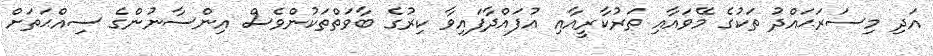
އަދި މިސަރަޙައްދު ތަކުގެ މޭވައާއި ތަރުކާރީއާއި އުފައްދާފައިވާ ކިރުގެ ބާވަތްތަކުންވެސް އިންސާނުންގެ ސިއްޙަތަށް